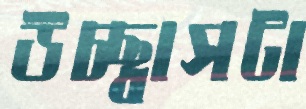
উচ্ছ্বাসটা